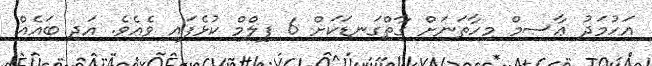
އަހުމަދު ޢާސިމް މިހާތަނަށް ގާތްގަނޑަކަށް 6 ފިލްމް ކުޅެފައި ވެއެވެ. އަދި ބައެއް